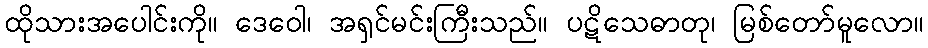
ထိုသားအပေါင်းကို။ ဒေဝေါ၊ အရှင်မင်းကြီးသည်။ ပဋိသေဓာတု၊ မြစ်တော်မူလော။